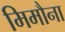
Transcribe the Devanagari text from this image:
मिमौना